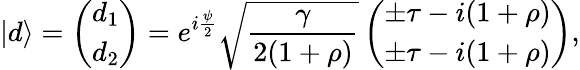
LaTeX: |d\rangle=\left(\begin{array}{l}{d_{1}}\\ {d_{2}}\end{array}\right)=e^{i\frac{\psi}{2}}\sqrt{\frac{\gamma}{2(1+\rho)}}\left(\begin{array}{l}{\pm\tau-i(1+\rho)}\\ {\pm\tau-i(1+\rho)}\end{array}\right),